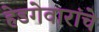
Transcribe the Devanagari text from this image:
हेडगेवारांचे